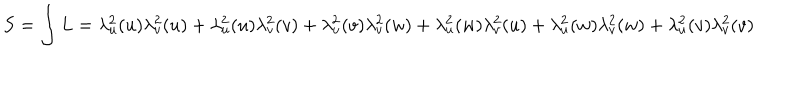
S = \int L = \lambda _ { u } ^ { 2 } ( u ) \lambda _ { v } ^ { 2 } ( u ) + \lambda _ { u } ^ { 2 } ( u ) \lambda _ { v } ^ { 2 } ( v ) + \lambda _ { u } ^ { 2 } ( v ) \lambda _ { v } ^ { 2 } ( w ) + \lambda _ { u } ^ { 2 } ( w ) \lambda _ { v } ^ { 2 } ( u ) + \lambda _ { u } ^ { 2 } ( w ) \lambda _ { v } ^ { 2 } ( w ) + \lambda _ { u } ^ { 2 } ( v ) \lambda _ { v } ^ { 2 } ( v ) \qquad